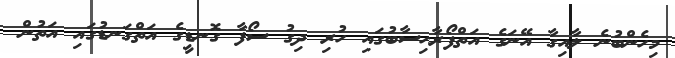
މިހެންބުނެ ލާއިގާ އޭނަގެ އަތްފޯރާހިސާބުގައި ހުރި ދިގު ސޯފާ ގޮނޑީގެ އަތްގަނޑުގައި އަތުން